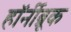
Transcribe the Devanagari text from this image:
हॉर्नीब्रूक